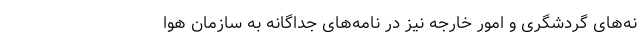
نه‌های گردشگری و امور خارجه نیز در نامه‌های جداگانه به سازمان هوا